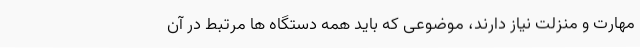
مهارت و منزلت نیاز دارند، موضوعی که باید همه دستگاه ها مرتبط در آن